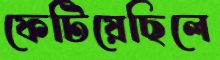
ফেটিয়েছিলে